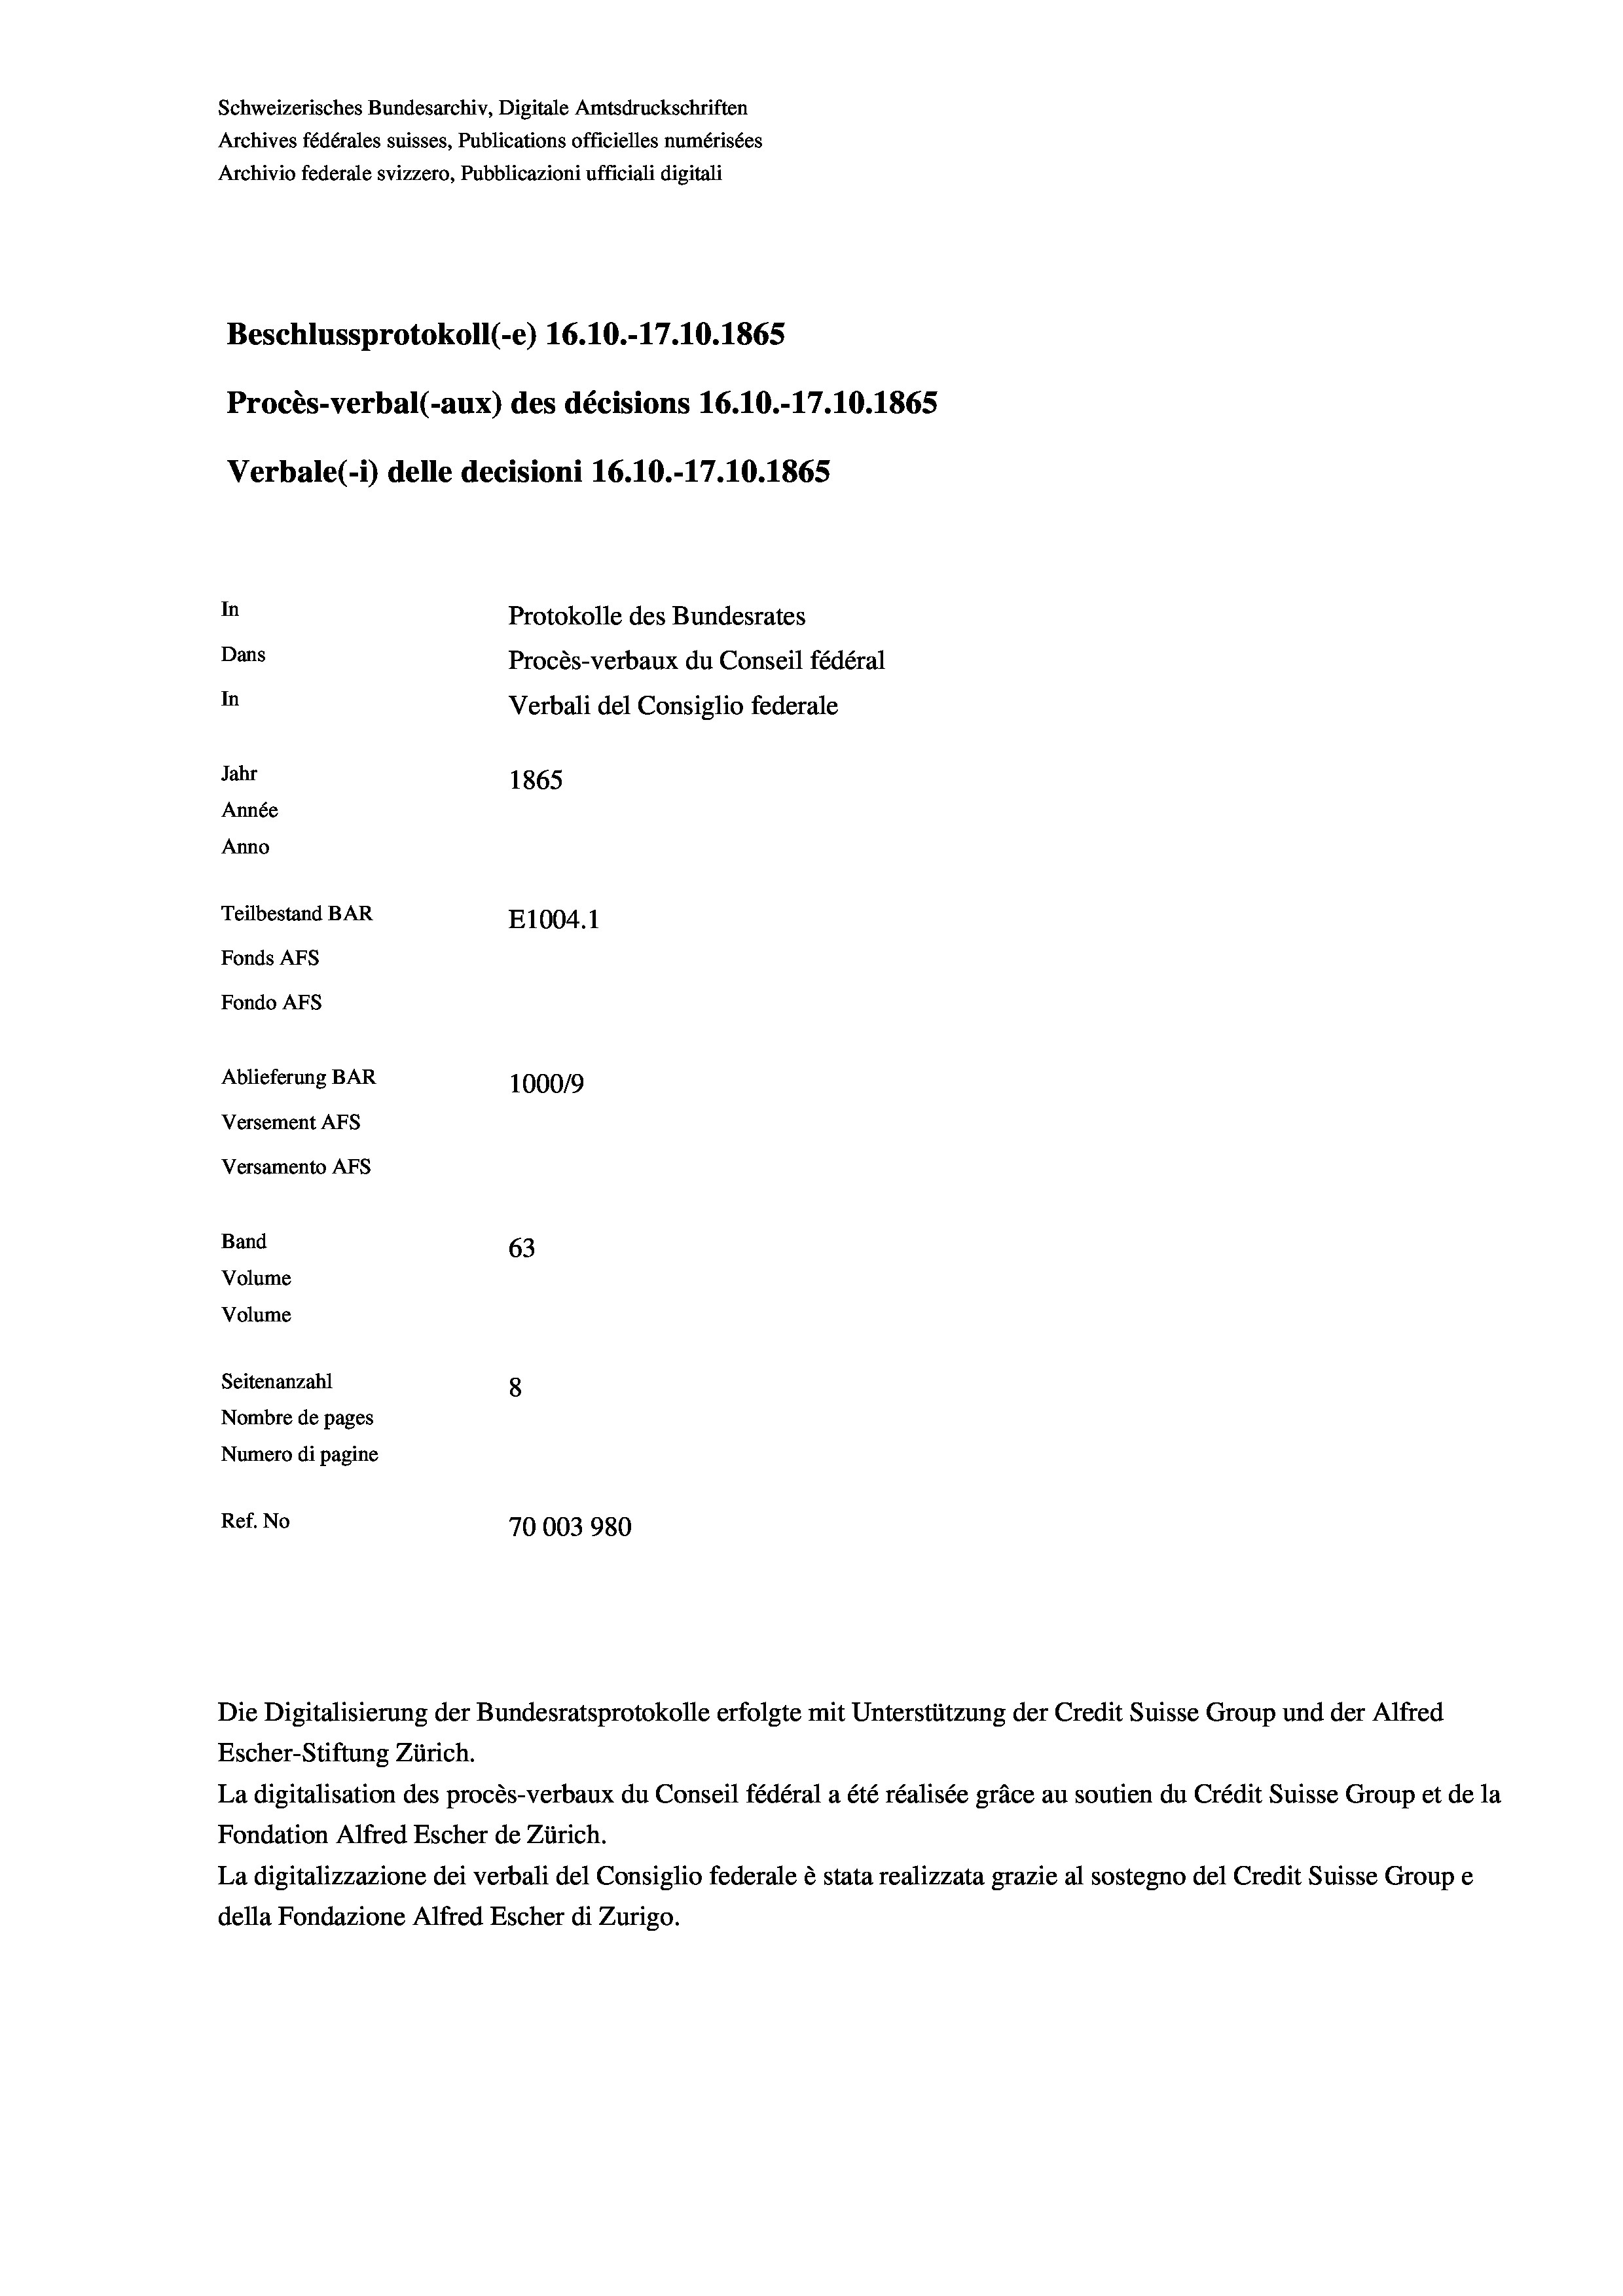
Schweizerisches Bundesarchiv, Digitale Amtsdruckschriften
Archives fédérales suisses, Publications officielles numérisées
Archivio federale svizzero, Pubblicazioni ufficiali digitali
Beschlussprotokoll (-e) 16.10.-17.10.1865
Procès-verbal (-aux) des décisions 16.10.-17.10.1865
Verbale (1) delle decisioni 16.10.-17.10.1865
In
Protokolle des Bundesrates
Dans
Procès-verbaux du Conseil fédéral
In
Verbali del Consiglio federale
Jahr
1865
Année
Anno
Teilbestand BAR
E1004.1
Fonds AFs
Fondo Afs
Ablieferung BAR
100019
Versement AFs
Versamento Afs

63
Seitenanzahl
8
Nombre de pages
Numero di pagine
Ref. No
70003980

Band
Volume
Volume

Escher-Stiftung Zürich.
La digitalisation des procès-verbaux du Conseil fédéral a été réalisée gräce au soutien du Crédit Suisse Group et de la
Fondation Alfred Escher de Zürich.
La digitalizzazione dei verbali del Consiglio federale è stata realizzata grazie al sostegno del Credit Suisse Groupe
della Fondazione Alfred Escher di Zurigo.

Die Digitalisierung der Bundesratsprotokolle erfolgte mit Unterstützung der Credit Suisse Group und der Alfred